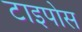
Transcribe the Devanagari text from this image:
टाइपोस